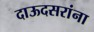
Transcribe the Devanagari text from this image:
दाऊदसरांना